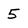
Character: 5